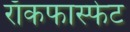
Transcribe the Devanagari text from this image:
राँकफास्फेट